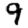
Digit: 9